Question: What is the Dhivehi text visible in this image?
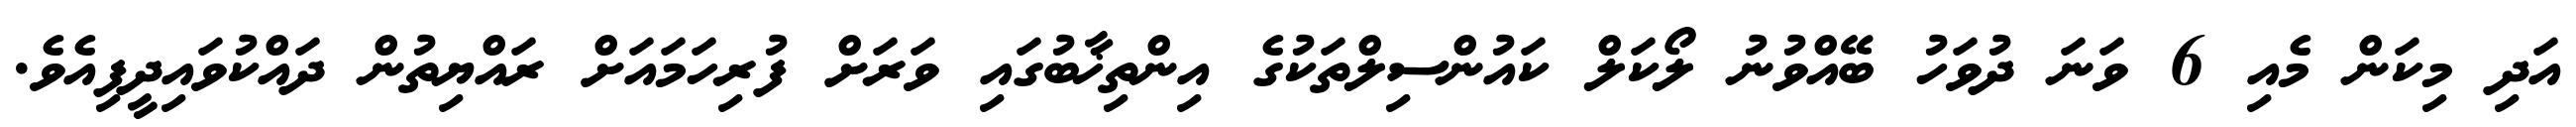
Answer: އަދި މިކަން މެއި 6 ވަނަ ދުވަހު ބޭއްވުނު ލޯކަލް ކައުންސިލްތަކުގެ އިންތިޚާބުގައި ވަރަށް ފުރިހަމައަށް ރައްޔިތުން ދައްކުވައިދީފިއެވެ.